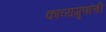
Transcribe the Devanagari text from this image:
काव्यगुणांची